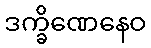
ဒက္ခိဏေနေဝ